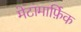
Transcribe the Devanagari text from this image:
मेटामार्फ़िक